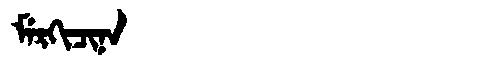
Manchu: ᠮᡝᡵᡴᡳᠴᡳᠨᠠ
Romanization: MERKICINA